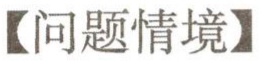
【问题情境】